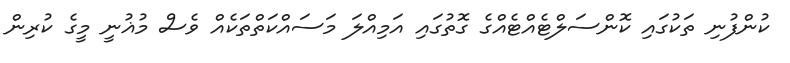
ކުންފުނި ތަކުގައި ކޮންސަލްޓެއްޓެއްގެ ގޮތުގައި އަމިއްލަ މަސައްކަތްތަކެއް ވެސް މުޣުނީ މީގެ ކުރިން